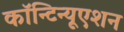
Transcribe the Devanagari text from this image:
कॉन्‍टिन्‍यूएशन